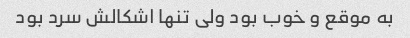
به موقع و خوب بود ولی تنها اشکالش سرد بود